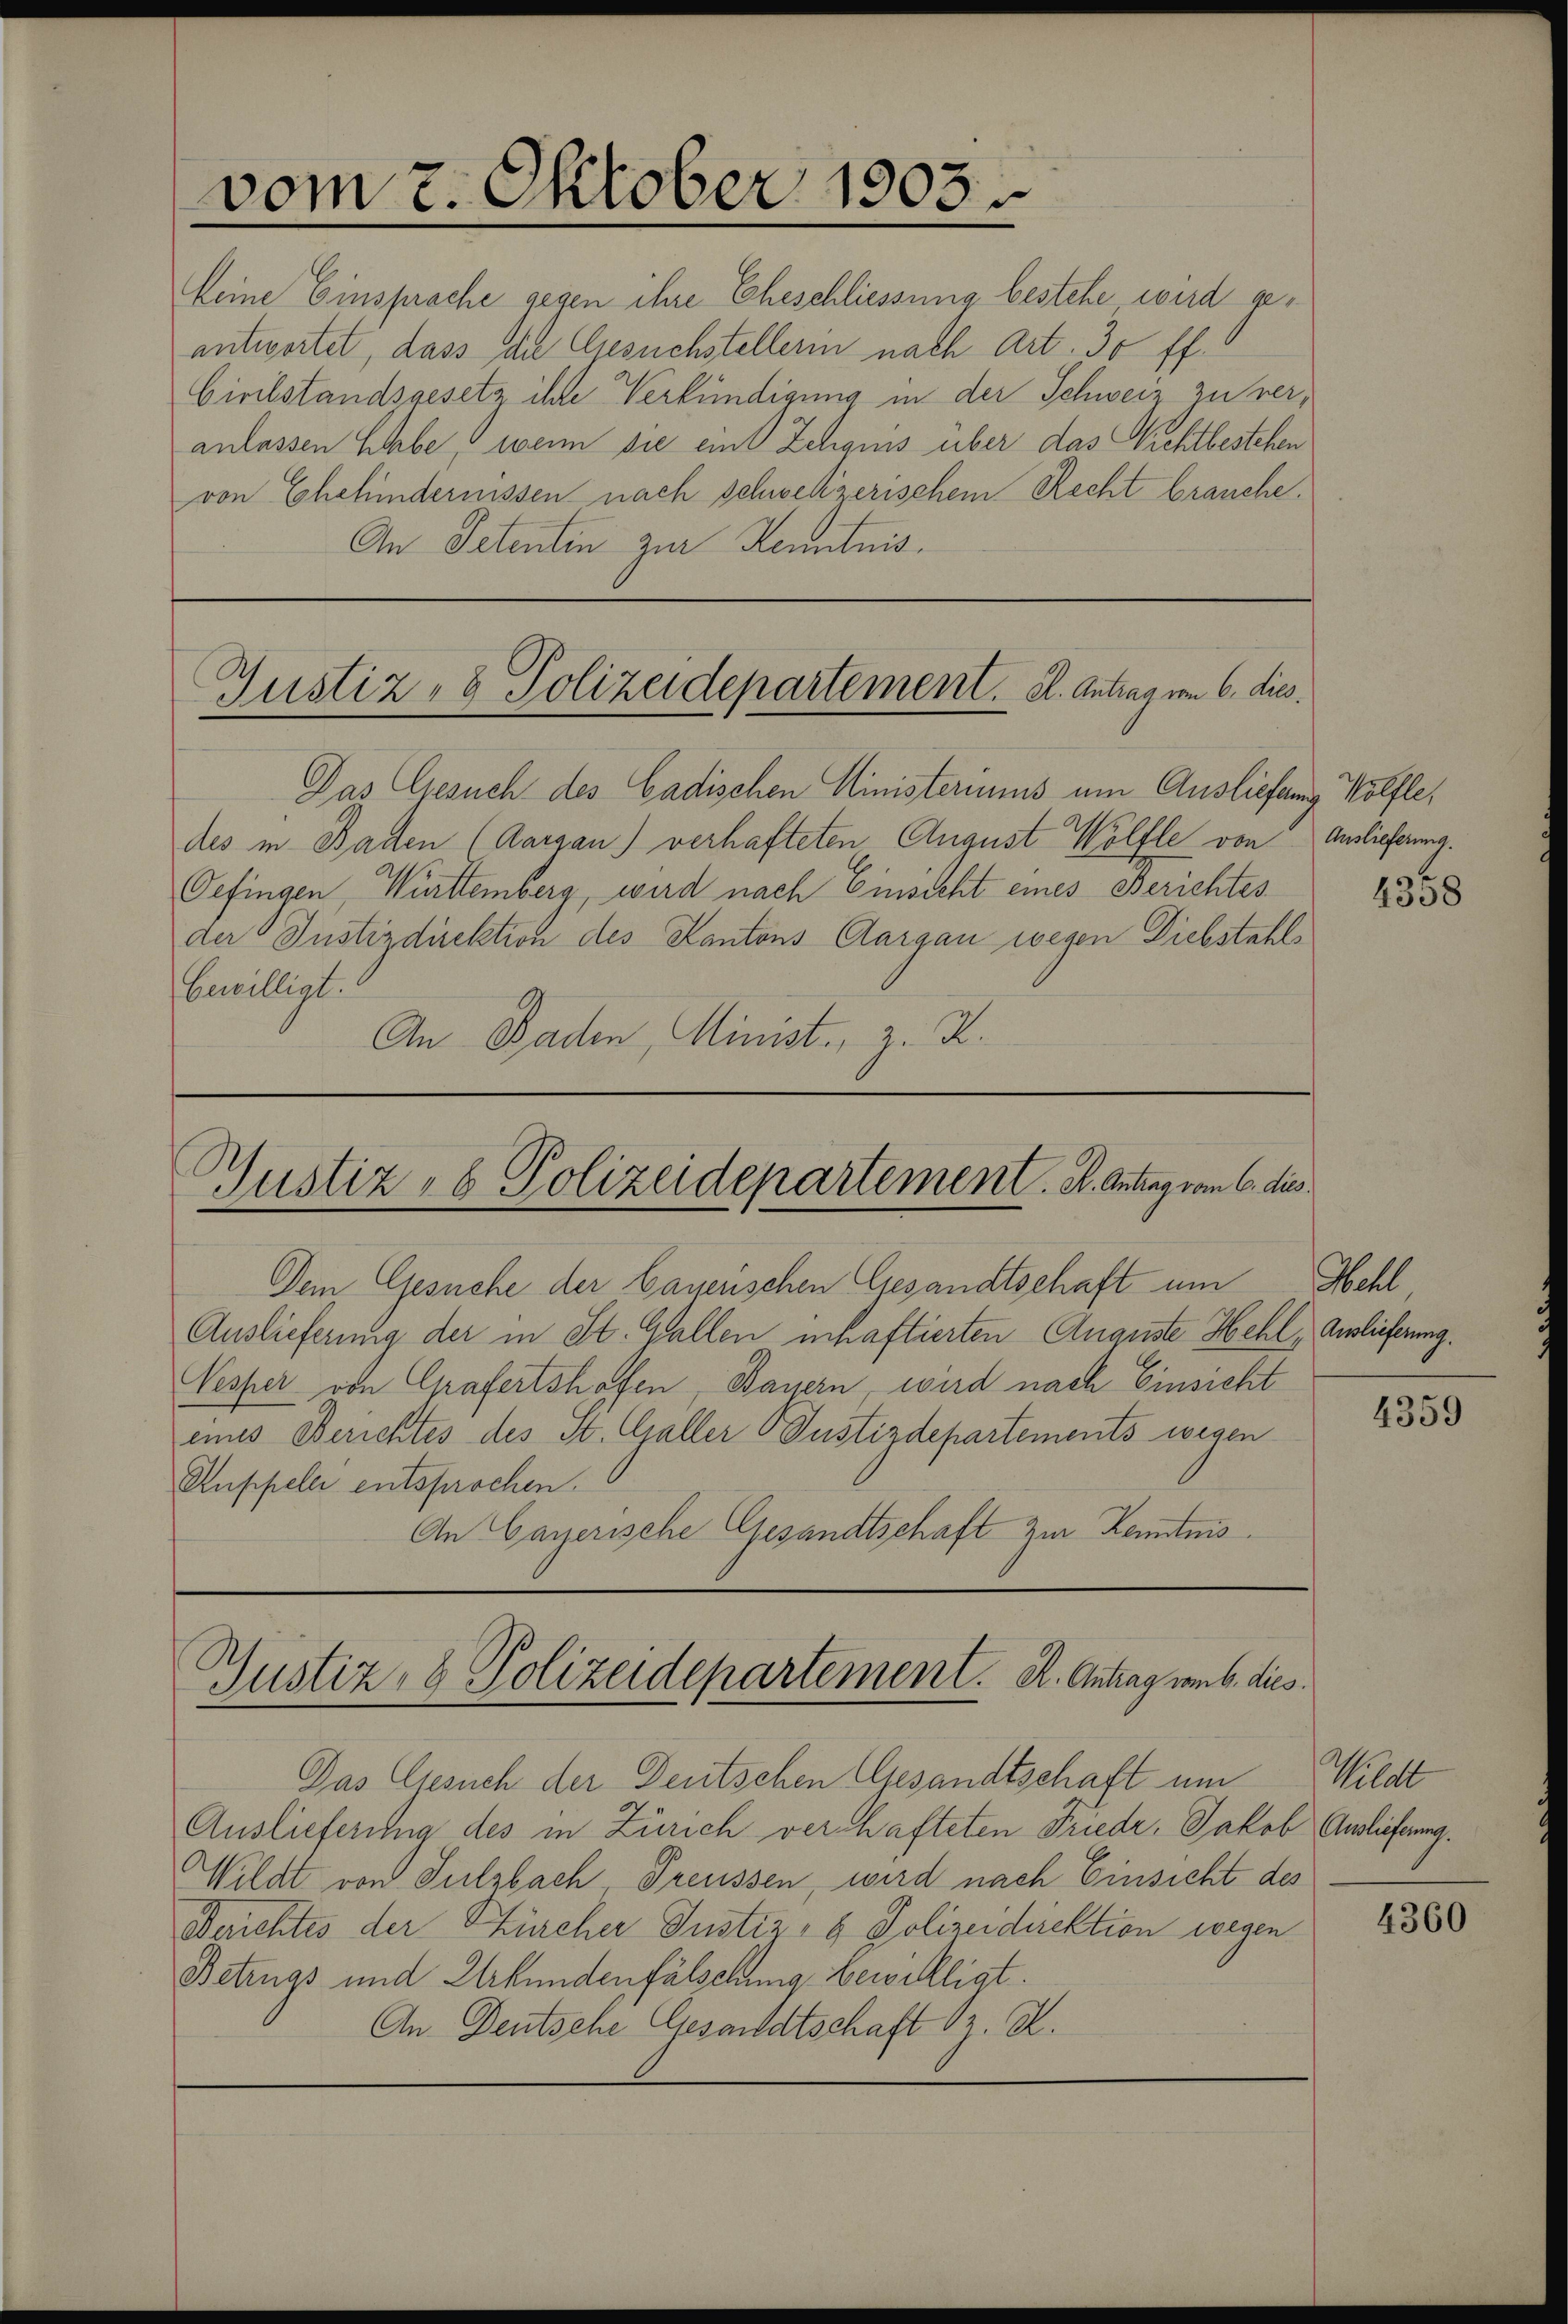
vom 7. Oktober 1903.

keine Einsprache gegen ihre Eheschliessung bestehe wird geantwortet, dass die Gesuchstellerin nach Art. 30 ff.
Civilstandsgesetz ihre Verkündigung in der Schweiz zu veranlassen Erbe, wenn sie ein Zehens über das Vichtbestehen
von Ehehindernissen nach schwelzerischem Recht brauche.
An Petentin zur Kenntnis.

Gustiz- & Polizeidepartement. K. Antrag vom 6. dies

Das Gesuch des Cadischen Ministeriums am Ausliefen Wölfle,
des in Baden (Aargau) verhafteten August Wölfle von Auslieferung.
Gefingen, Württemberg, wird nach Einsicht eines Berichtes
der Justizdirektion des Kantons Aargau wegen Diebstahls
bewilligt.
An Baden, Minist, z. Z.

Gustiz- & Polizeidepartement. K. Antrag vom 6. dies

Dem Gesuche der Bayerischen Gesandtschaft um
Auslieferung der in St. Gallen inhaftierten Auguste Hehl, Auslieferung.
Wesper von Grafertshofen, Bayern, wird nach Einsicht
eines Berichtes des St. Galler Justizdepartements wegen
Ruppelle entsprochen.
An Bayerische Gesandtschaft zur Kenntnis.

Gustiz & Polizeidepartement. R. Antrag vom 6. dies

Das Gesuch der Deutschen Gesandtschaft um Wildt
Auslieferung des in Zürich verhafteten Friedr. Jakob Auslieferung.
Wildt von Sulzbach Treussen, wird nach Einsicht des
Berichtes der Kircher Justiz- & Polizeidirektion wegen
Betrugs und Urkundenfälschung bewilligt.
An Deutsche Gesandtschaft Sr. K.

Wel

4358

4359

4360